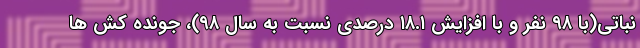
نباتی(با ۹۸ نفر و با افزایش ۱۸.۱ درصدی نسبت به سال ۹۸)، جونده کش ها